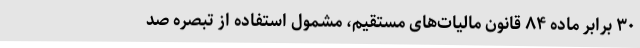
۳۰ برابر ماده ۸۴ قانون مالیات‌های مستقیم، مشمول استفاده از تبصره صد